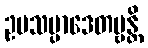
ဥပသမ္ပာဒေတဗ္ဗန္တိ